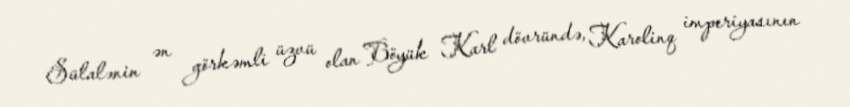
Sülalənin ən görkəmli üzvü olan Böyük Karl dövründə, Karolinq imperiyasının